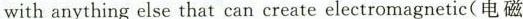
with anything else that can create electromagnetic(电磁